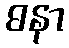
ဓနာ